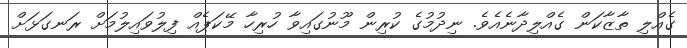
ގެއްލި ތާޒާކަން ގެއްލިދާނެއެވެ. ނިދުމުގެ ކުރިން މޫނުގައިވާ ހުރިހާ މޭކަޕެއް ފިލުވައިލުމަށް ރަނގަޅަށް